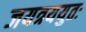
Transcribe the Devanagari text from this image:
जयत्रययुतः